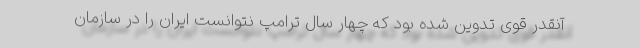
آنقدر قوی تدوین شده بود که چهار سال ترامپ نتوانست ایران را در سازمان